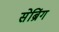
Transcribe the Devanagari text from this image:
सेब्रिंग